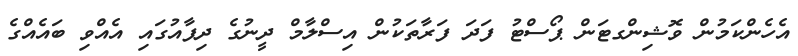
އެހެންކަމުން ވޮޝިންގޓަން ޕޯސްޓު ފަދަ ފަރާތަކުން އިސްލާމް ދީނުގެ ދިފާއުގައި އެއްވި ބައެއްގެ